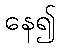
နေ၍